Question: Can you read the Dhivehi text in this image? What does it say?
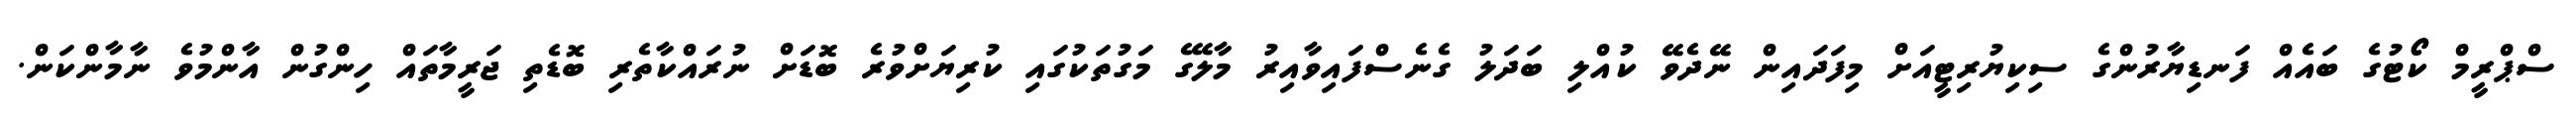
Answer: ސްޕްރީމް ކޯޓުގެ ބައެއް ފަނޑިޔާރުންގެ ސިކިޔުރިޓީއަށް މިފަދައިން ނޭދެވޭ ކުއްލި ބަދަލު ގެނެސްފައިވާއިރު މާލޭގެ މަގުތަކުގައި ކުރިޔަށްވުރެ ބޮޑަށް ނުރައްކާތެރި ބޮޑެތި ޖަރީމާތައް ހިންގުން އާންމުވެ ނާމާންކަން.